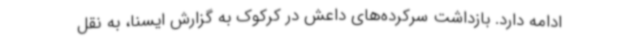
ادامه دارد. بازداشت سرکرده‌های داعش در کرکوک به گزارش ایسنا، به نقل